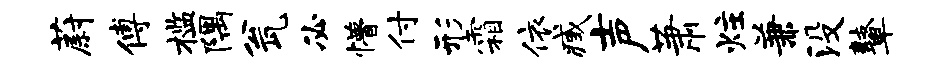
蔚傅槛隅瓮必懵付形霜依臧声萧炷兼没鼙